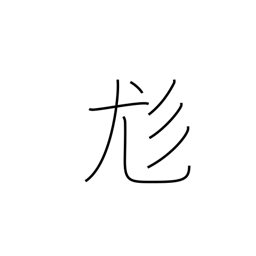
Meaning: shaggy hair or dog